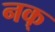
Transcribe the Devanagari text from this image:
नक्